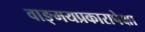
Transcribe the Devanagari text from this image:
वाङ्‌मयप्रकारापेक्षा